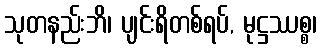
သုတနည်းဘိ၊ ပျင်းရိတစ်ရပ်, မုဋ္ဌဿစ္စ၊